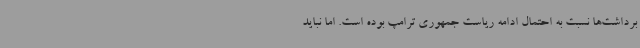
برداشت‌ها نسبت به احتمال ادامه ریاست جمهوری ترامپ بوده است. اما نباید